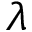
\lambda